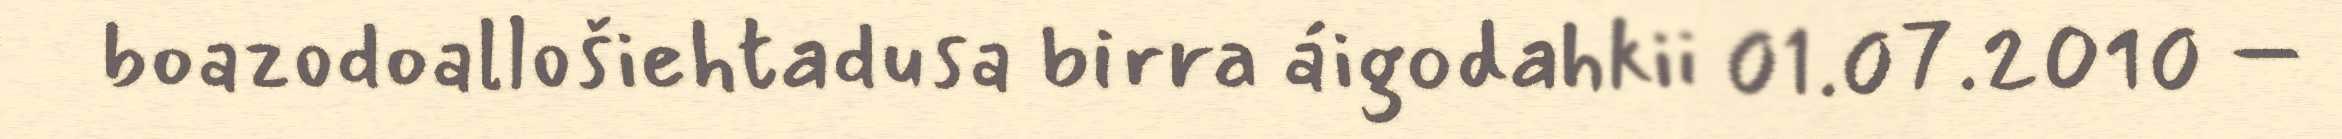
boazodoallošiehtadusa birra áigodahkii 01.07.2010 –